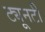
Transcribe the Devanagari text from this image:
ट्यूनटी